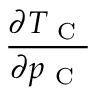
\frac { \partial T _ { \mathrm { ~ C ~ } } } { \partial p _ { \mathrm { ~ C ~ } } }